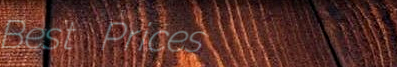
Best Prices